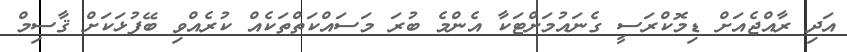
އަދި ރާއްޖެއަށް ޑިމޮކްރަސީ ގެނައުމަށްޓަކާ އެންމެ ބުރަ މަސައްކަތްތަކެއް ކުރެއްވި ބޭފުޅަކަށް ޤާސިމް